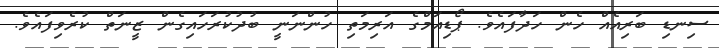
ސިނޑި ބަރިއެއް ހެން ހަދާފައެވެ. ޕޯޑިއަމްގެ އަރިމަތި ހުންނަނީ ބުދުކުރަހައިގެން ޒީނަތް ކުރެވިފައެވެ.